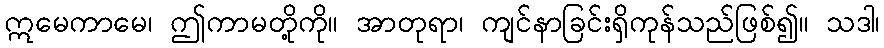
ဣမေကာမေ၊ ဤကာမတို့ကို။ အာတုရာ၊ ကျင်နာခြင်းရှိကုန်သည်ဖြစ်၍။ သဒါ၊